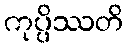
ကုပ္ပိဿတိ